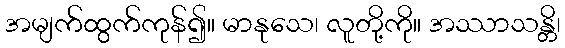
အမျက်ထွက်ကုန်၍။ မာနုသေ၊ လူတို့ကို။ အဿာသန္တိ၊